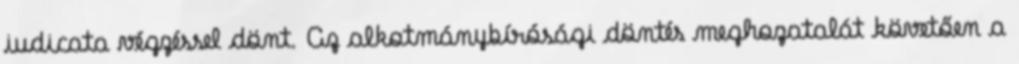
iudicata végzéssel dönt. Az alkotmánybírósági döntés meghozatalát követően a